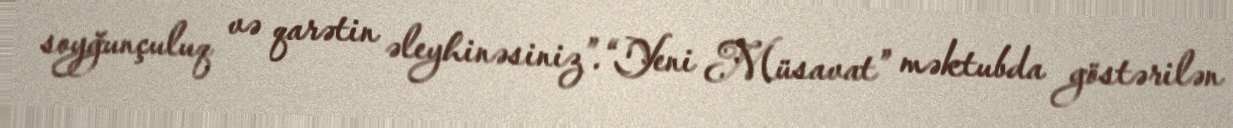
soyğunçuluq və qarətin əleyhinəsiniz”.“Yeni Müsavat” məktubda göstərilən